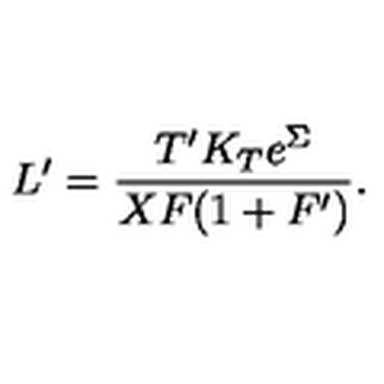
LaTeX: L ^ { \prime } = \frac { T ^ { \prime } K _ { T } e ^ { \Sigma } } { X F ( 1 + F ^ { \prime } ) } .